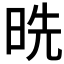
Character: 𰖅